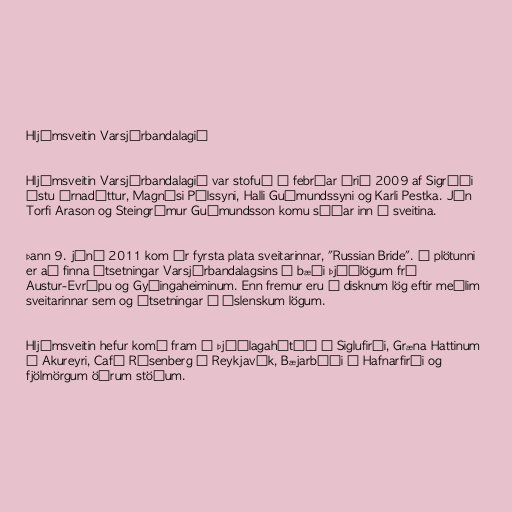
Hljómsveitin Varsjárbandalagið

Hljómsveitin Varsjárbandalagið var stofuð í febrúar árið 2009 af Sigríði
Ástu Árnadóttur, Magnúsi Pálssyni, Halli Guðmundssyni og Karli Pestka. Jón
Torfi Arason og Steingrímur Guðmundsson komu síðar inn í sveitina.

Þann 9. júní 2011 kom úr fyrsta plata sveitarinnar, "Russian Bride". Á plötunni
er að finna útsetningar Varsjárbandalagsins á bæði þjóðlögum frá
Austur-Evrópu og Gyðingaheiminum. Enn fremur eru á disknum lög eftir meðlim
sveitarinnar sem og útsetningar á íslenskum lögum.

Hljómsveitin hefur komð fram á Þjóðlagahátíð á Siglufirði, Græna Hattinum
á Akureyri, Café Rósenberg í Reykjavík, Bæjarbíói í Hafnarfirði og
fjölmörgum öðrum stöðum.